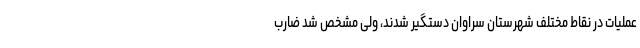
عملیات در نقاط مختلف شهرستان سراوان دستگیر شدند، ولی مشخص شد ضارب